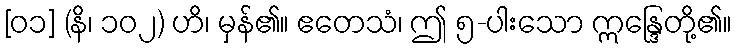
[၀၁] (နိ၊ ၁၀၂) ဟိ၊ မှန်၏။ ဧတေသံ၊ ဤ ၅-ပါးသော ဣန္ဒြေတို့၏။